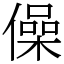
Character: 僺